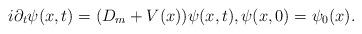
LaTeX: \begin{align*}i\partial_t \psi(x,t)=(D_m+V(x))\psi(x,t), \psi(x,0)=\psi_0(x).\end{align*}